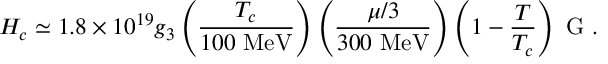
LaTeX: H _ { c } \simeq 1 . 8 \times 1 0 ^ { 1 9 } g _ { 3 } \left( \frac { T _ { c } } { 1 0 0 \mathrm { ~ M e V } } \right) \left( \frac { \mu / 3 } { 3 0 0 \mathrm { ~ M e V } } \right) \left( 1 - \frac { T } { T _ { c } } \right) \mathrm { ~ G } \ .